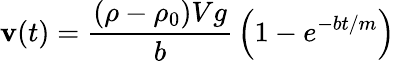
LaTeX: \mathbf{v}(t)={\frac{{(\rho-\rho_{0})Vg}}{{b}}}\left(1-e^{-bt/m}\right)